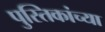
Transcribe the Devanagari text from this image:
पुस्तिकांच्‍या